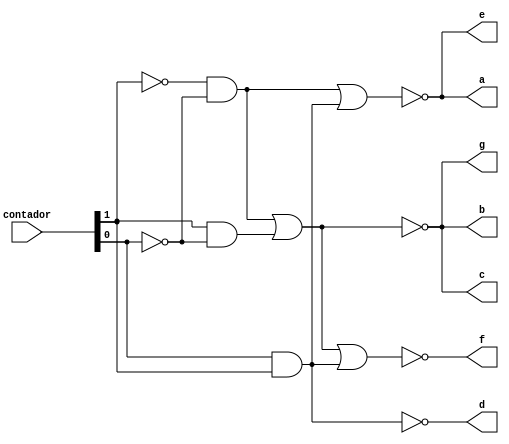
module decod_7seg(a, b, c, d, e, f, g, contador);
    output a,b,c,d,e,f,g; // SEGMENTOS DO DISPLAY;
   
	 input [1:0] contador;
	 wire D0, D1, D2, D3;
	 wire not_cont_0,not_cont_1;
	 not (not_cont_0,contador[0]);
	 not (not_cont_1,contador[1]);
	 
	 and digito1 (D0, not_cont_1,not_cont_0);
	 and digito2 (D1, contador[0],not_cont_1);
	 and digito3 (D2, contador[1],not_cont_0);
	 and digito4 (D3, contador[0],contador[1]);
	 
	 nor defA(a, D0, D3);
	 nor defB(b, D0, D2);
	 nor defC(c, D0, D2);
	 nor defD(d, D3);
	 nor defE(e, D0, D3);
	 nor defF(f, D0, D2, D3);
	 nor defG(g, D0, D2);
	 
   
endmodule